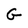
Character: G